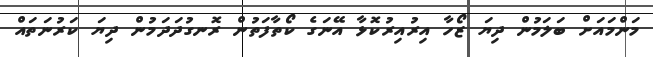
މަންމައަށް ބަލަމުން ދިޔަ ޒޯހާ އިރުއިރުކޮޅާ އޭނަގެ ކޯތާފަތުން ރޮނގުދަދަމުން ދިޔަ ކަރުނަތައް